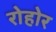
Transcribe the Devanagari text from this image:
रोहोर